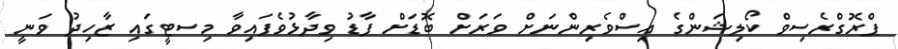
ޕްރޮގްރެސިވް ކޯލިޝަންގެ އިސްވެރިންނަށް ވަރަށް ބޮޑަށް ފާޑު ވިދާޅުވެފައިވާ މިސޓީގައި ޒާހިދު ވަނީ